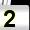
Digit: 2